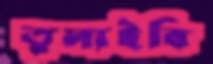
তুলাইবি